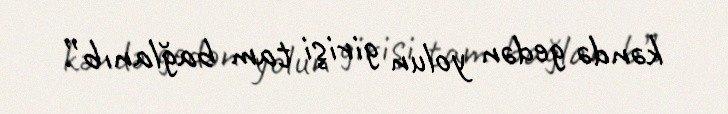
kəndə gedən yolun girişi tam bağlanıb”.